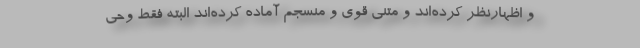
و اظهارنظر کرده‌اند و متنی قوی و منسجم آماده کرده‌اند البته فقط وحی